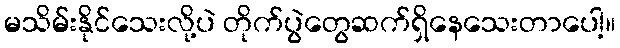
မသိမ်းနိုင်သေးလို့ပဲ တိုက်ပွဲတွေဆက်ရှိနေသေးတာပေါ့။